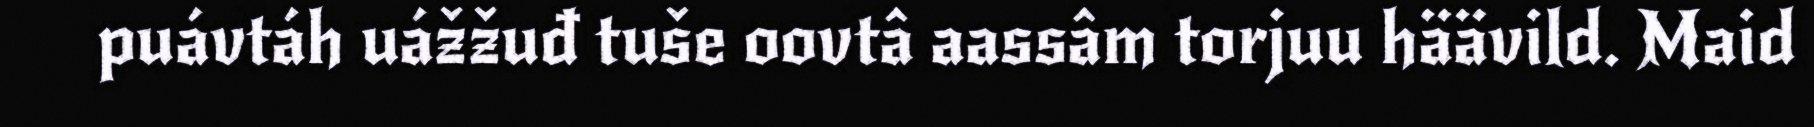
puávtáh uážžuđ tuše oovtâ aassâm torjuu häävild. Maid